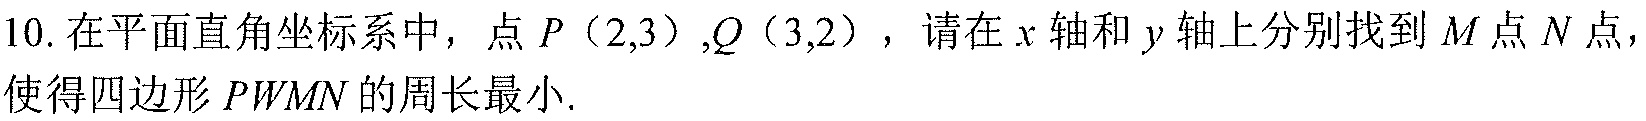
10. 在平面直角坐标系中，点 \(P(2,3)\)，\(Q(3,2)\)，请在 \(x\) 轴和 \(y\) 轴上分别找到 \(M\) 点 \(N\) 点，使得四边形 \(PWMN\) 的周长最小.